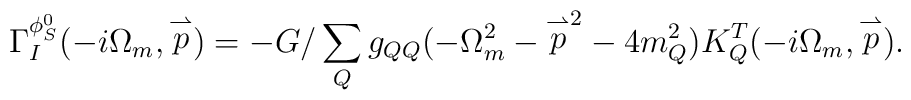
\Gamma_{I}^{\phi_S^0}(-i\Omega_m, \stackrel{\rightharpoonup}{p})=-G/\sum_{Q}g_{QQ}(-\Omega_m^2-{\stackrel{\rightharpoonup}{p}}^2-4m_Q^2)    K^T_Q(-i\Omega_m, \stackrel{\rightharpoonup}{p}).